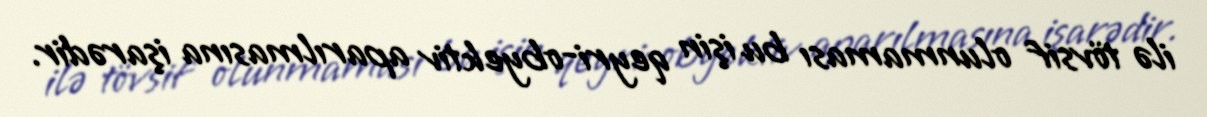
ilə tövsif olunmaması bu işin qeyri-obyektiv aparılmasına işarədir.